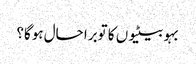
بہو بیٹیوں کا توبرا حال ہوگا؟